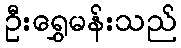
ဦးရွှေမန်းသည်